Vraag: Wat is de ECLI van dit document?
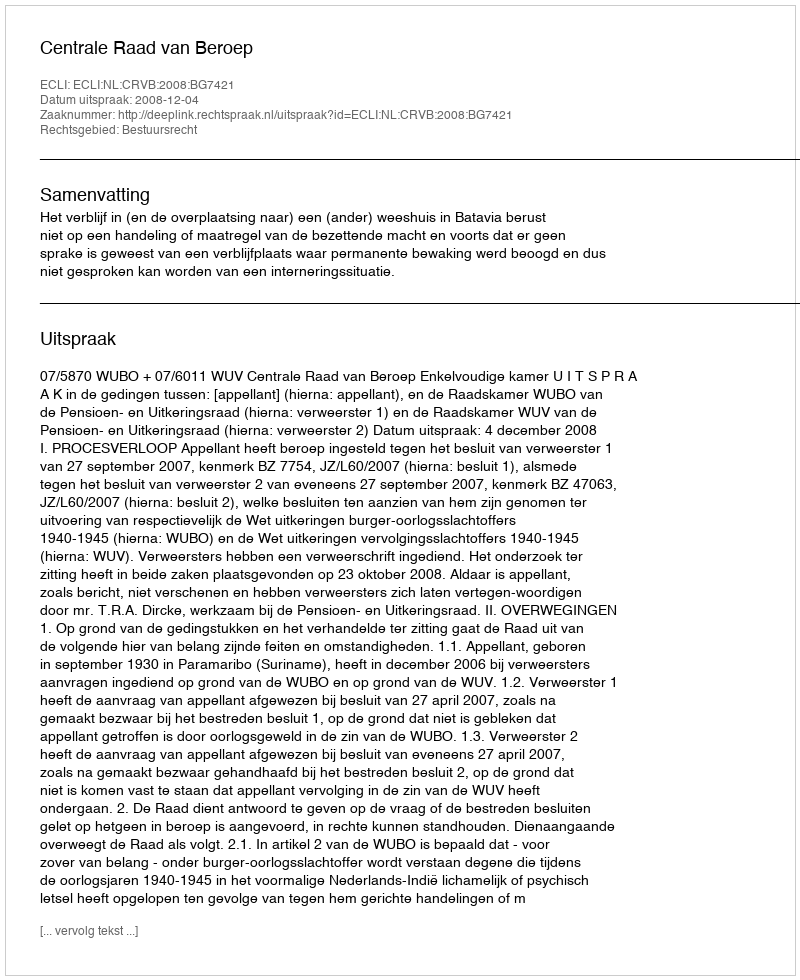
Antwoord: ECLI:NL:CRVB:2008:BG7421